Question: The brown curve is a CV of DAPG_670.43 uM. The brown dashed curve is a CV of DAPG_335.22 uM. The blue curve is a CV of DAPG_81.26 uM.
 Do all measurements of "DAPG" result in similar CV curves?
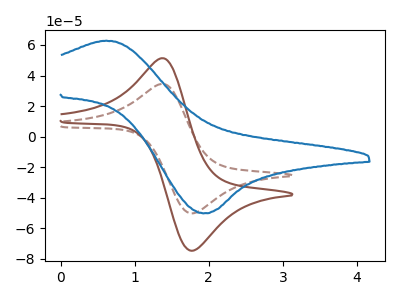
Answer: <think>The brown curve "DAPG_670.43 uM" has an anodic peak at (1.40V, 51.25uA) and a cathodic peak at (1.75V, -74.75uA). The brown dashed curve "DAPG_335.22 uM" has an anodic peak at (1.40V, 34.45uA) and a cathodic peak at (1.75V, -50.25uA). The blue curve "DAPG_81.26 uM" has an anodic peak at (0.60V, 62.75uA) and a cathodic peak at (1.95V, -50.20uA).
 All the peaks in "DAPG_670.43 uM" have a peak in "DAPG_335.22 uM" at the same potential. Every peak in "DAPG_670.43 uM" is higher than every peak in "DAPG_335.22 uM". "DAPG_670.43 uM" and "DAPG_81.26 uM" have at least one peak that do not match. "DAPG_335.22 uM" and "DAPG_81.26 uM" have at least one peak that do not match.</think>
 <answer>All the CV's of "DAPG" have similar shape.</answer>
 <eval>follow_rule</eval>